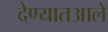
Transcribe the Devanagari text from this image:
देण्यातआले